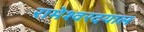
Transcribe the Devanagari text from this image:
रामेश्वरदयाल